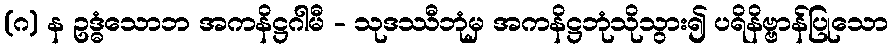
(ဂ) န ဥဒ္ဓံသောဘ အကနိဋ္ဌဂါမီ - သုဒဿီဘုံမှ အကနိဋ္ဌဘုံသိုသွား၍ ပရိနိဗ္ဗာန်ပြုသော